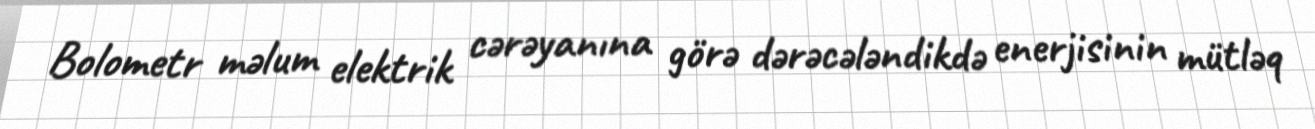
Bolometr məlum elektrik cərəyanına görə dərəcələndikdə enerjisinin mütləq